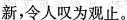
新，令人叹为观止。